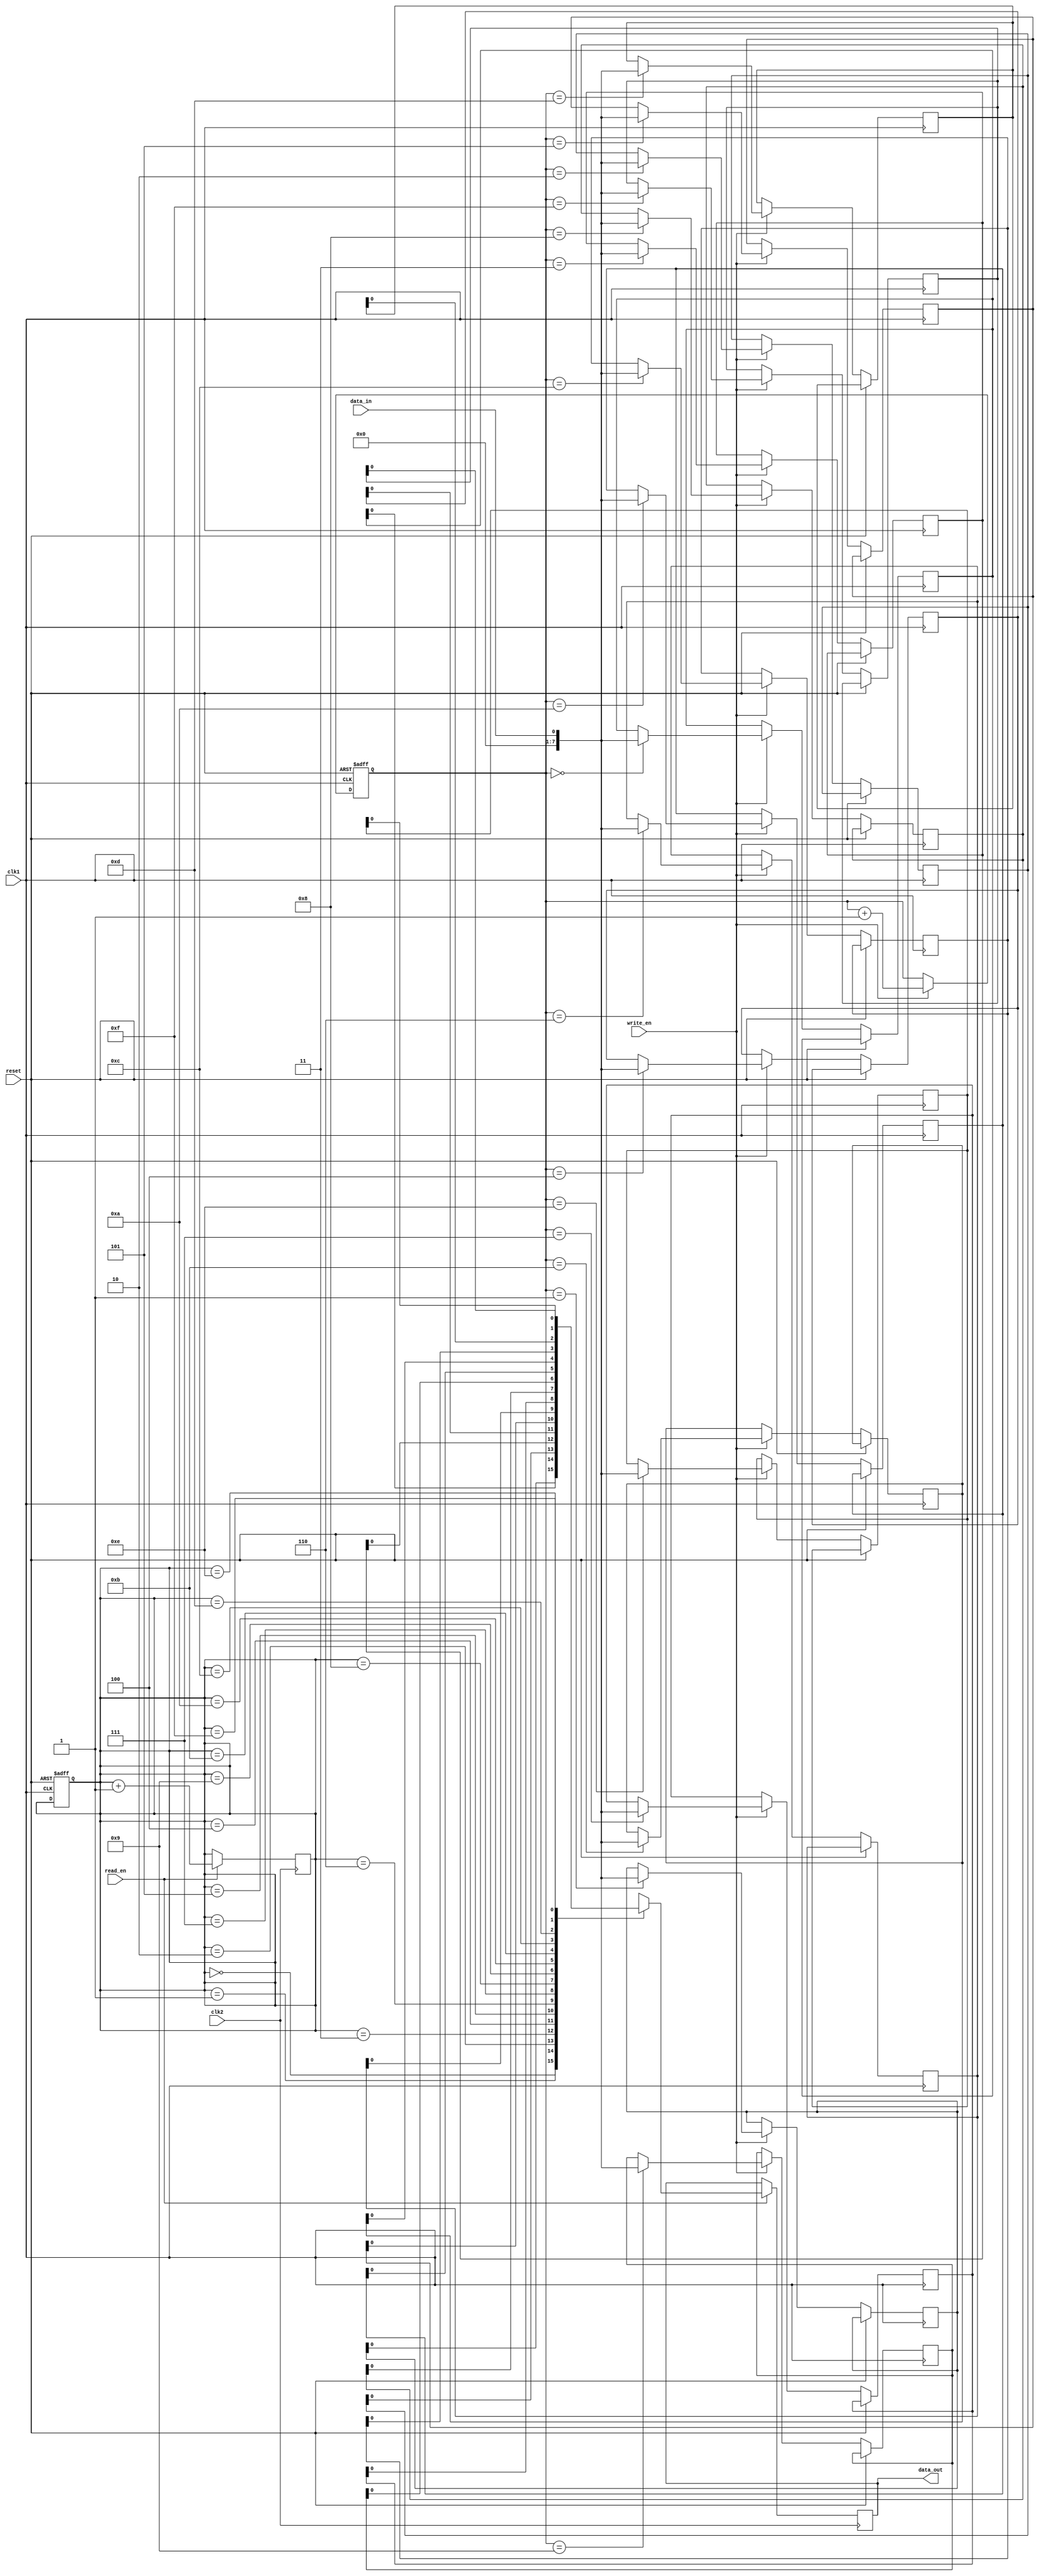
module Asynchronous_FIFO_sync (
    input wire clk1, // Clock signal for first clock domain
    input wire clk2, // Clock signal for second clock domain
    input wire reset, // Asynchronous reset signal
    
    input wire data_in, // Data input signal
    output reg data_out, // Data output signal
    
    input wire read_en, // Read enable signal
    input wire write_en // Write enable signal
);
    
    // FIFO buffer for data storage
    reg [7:0] fifo [0:15];
    reg [3:0] read_ptr; // Read pointer for FIFO buffer
    reg [3:0] write_ptr; // Write pointer for FIFO buffer
    
    always @(posedge clk1 or posedge reset) begin
        if (reset) begin
            read_ptr <= 4'b0000; // Reset read pointer
            write_ptr <= 4'b0000; // Reset write pointer
        end else begin
            if (write_en) begin
                fifo[write_ptr] <= data_in; // Write data to FIFO buffer
                write_ptr <= write_ptr + 1; // Increment write pointer
            end
        end
    end
    
    always @(posedge clk2) begin
        if (read_en) begin
            data_out <= fifo[read_ptr]; // Read data from FIFO buffer
            read_ptr <= read_ptr + 1; // Increment read pointer
        end
    end

endmodule